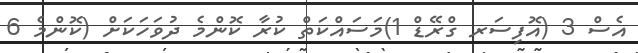
އެސް 3 (އޮފިސަރ ގްރޭޑް 1)މަސައްކަތް ކުރާ ކޮންމެ ދުވަހަކަށް (ކޮންމެ 6